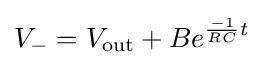
V_{-}=V_{\rm {out}}+Be^{{\frac {-1}{RC}}t}